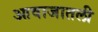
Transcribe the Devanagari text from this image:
आवाजातली